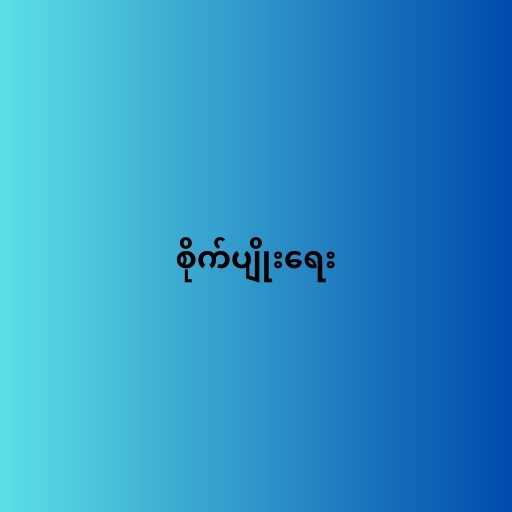
စိုက်ပျိုးရေး